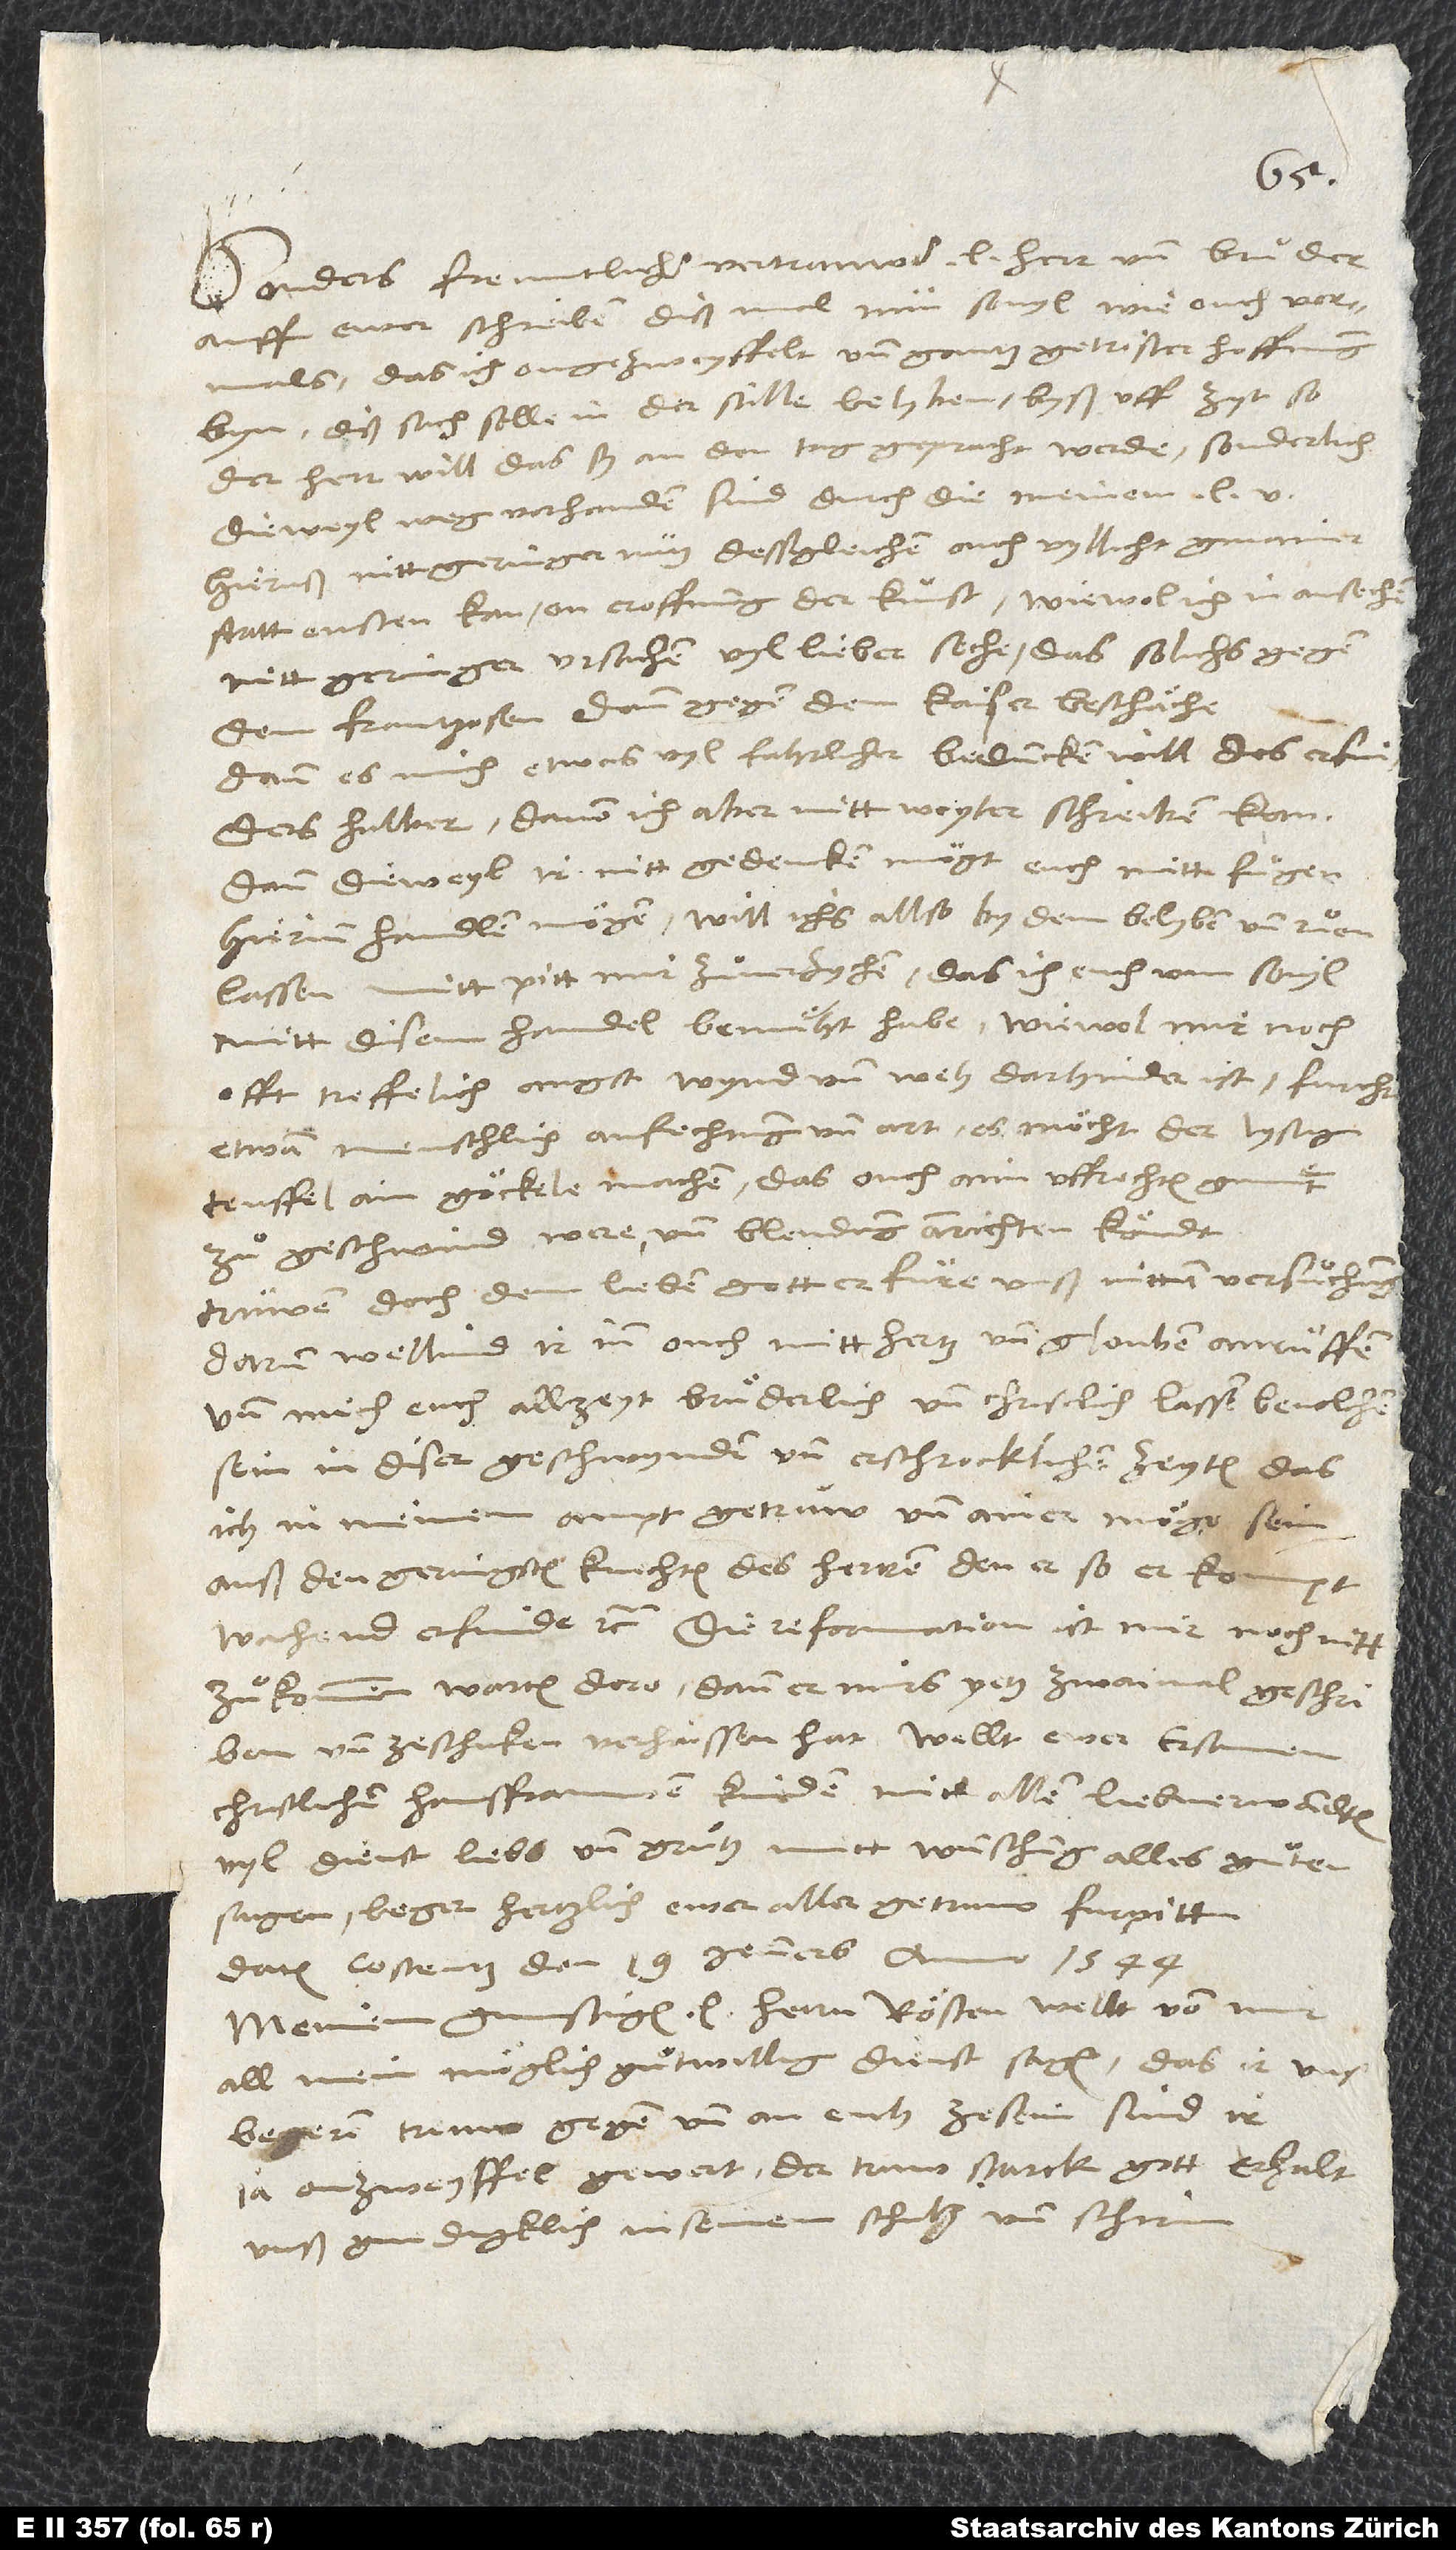
Sonders freuntlicher, vertrauwter lieber herr und bruͦder.
Auff ewer schreiben diß mal nun sovyl wie ouch vormals,
das ich ongezweyffelt und gantz getröster hoffnung
byn, diß sach solle in der stille belyben byß uff zyt, so
der herr will, das sy an den tag gepracht werde, sonderlich
dieweyl weg vorhanden sind, durch die meinem lieben
hieruß nitt geringer nutz, dessgleichen ouch vyllicht gmainer
statt ensten kan on eroffnung der kunst, wiewol ich in ansechen
nitt geringer ursachen vyl lieber seche, das solichs gegen
dem Frantzosen dann gegen dem kaiser beschäche.
Dann es mich etwas vyl fahrlicher beduncken will des erfinders
halber, davon ich aber nitt weyter schreiben kan;
dann dieweyl ir nitt gedencken mögt, euch mitt fuͦgen
hierinn handlen mögen, will ichs allso by dem belyben und ruͦen
lassen mitt pitt, mir zuͦverzychen, das ich euch um sovyl
mitt disem handel bemüht habe, wiewol mir noch
offt treffelich angst, wynd und weh darhinder ist; furcht
etwan menschlich anfechtung und art, es möcht der lystig
teuffel ain göckele machen, das ouch aim uffrechten gmuͤt
zuͦ geschwind were und blendung anrichten köndt.
Truwen doch dem lieben gott, er füre unß nitt in versuͦchung.
Darum wellind ir inn ouch mitt hertz und glouben anruͦffen
und mich euch allzeyt bruͤderlich und christlich lassen bevolchen
sein in diser geschwynden und erschrocklichen zeyten, das
ich in meinem ampt getruw und ainer möge sein
auß den geringsten knechten des herren, den er, so er kompt,
zuͦkommen, warten dero; dann er mirs yetz zwaimal geschriben
christlichen hausfrauwen, kinden mitt allen liebverwandten
vyl dienst, liebs und gruͦtz mitt wünschung alles guͦten
sagen; beger hertzlich ewer aller getruw furpitt.
Datum Costentz, den 19. jenners anno 1544.
Meinem gunstigen, lieben herrn Rösten wellt von mir
all mein möglich guͦtwillig dienst sagen; das ir uns
begeren truw gegen und an euch zesein, sind ir
ja on zweyffel gewert. Der truw, starck gott erhalt
unß gnedigklich in seinem schutz und schirm.